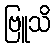
ဗြူသိ